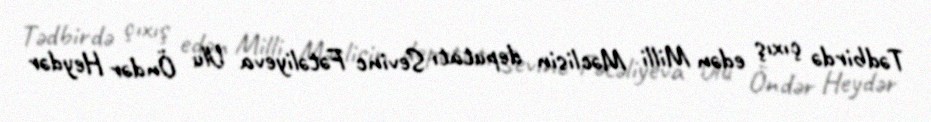
Tədbirdə çıxış edən Milli Məclisin deputatı Sevinc Fətəliyeva Ulu Öndər Heydər